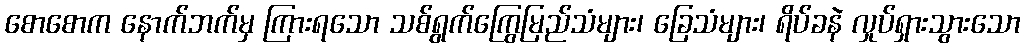
စောစောက နောက်ဘက်မှ ကြားရသော သစ်ရွက်ကြွေမြည်သံများ၊ ခြေသံများ၊ ရိပ်ခနဲ လှုပ်ရှားသွားသော